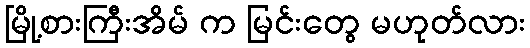
မြို့စားကြီးအိမ် က မြင်းတွေ မဟုတ်လား